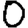
Digit: 0